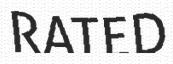
RATED